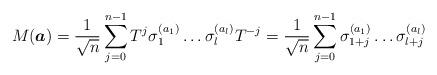
LaTeX: \begin{align*} M(\boldsymbol{a})=\frac{1}{\sqrt{n}}\sum_{j=0}^{n-1}T^{j}\sigma_{ 1 }^{( a_1 )}\dots\sigma_{ l }^{( a_l )}T^{-j}=\frac{1}{\sqrt{n}}\sum_{j=0}^{n-1}\sigma_{ 1+j }^{( a_1 )}\dots\sigma_{ l+j }^{( a_l )}\end{align*}